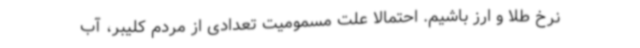
نرخ طلا و ارز باشیم. احتمالا علت مسمومیت تعدادی از مردم کلیبر، آب